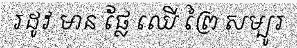
រដូវ មាន ផ្លែ ឈើ ព្រៃ សម្បូរ